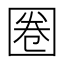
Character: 圈